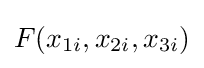
F(x_{1i},x_{2i},x_{3i})